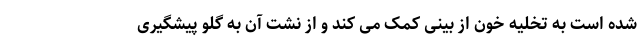
شده است به تخلیه خون از بینی کمک می کند و از نشت آن به گلو پیشگیری